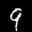
Label: 9